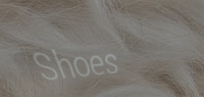
Shoes